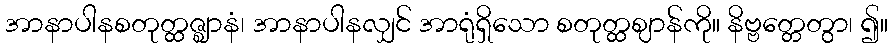
အာနာပါနစတုတ္ထဇ္ဈာနံ၊ အာနာပါနလျှင် အာရုံရှိသော စတုတ္ထဈာန်ကို။ နိဗ္ဗတ္တေတွာ၊ ၍။